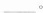
___。